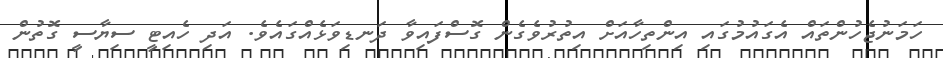
ހަމަނުޖެހުންތައް އެގައުމުގައި އިންތިހާއަށް އިތުރުވެގެން ގޮސްފައިވާ ދަނޑިވަޅެއްގައެވެ. އަދި ހެއިޓީ ސިޔާސީ ގޮތުން